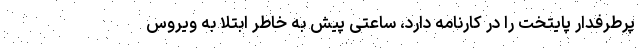
پرطرفدار پایتخت را در کارنامه دارد، ساعتی پیش به خاطر ابتلا به ویروس